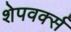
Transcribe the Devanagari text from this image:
शेपवर्क्स